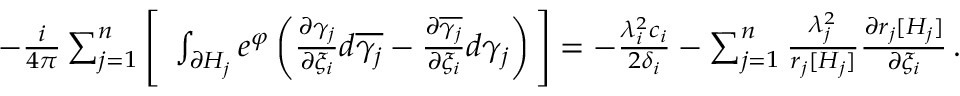
\begin{array} { r l } & { - { \frac { i } { 4 \pi } } \sum _ { j = 1 } ^ { n } \Bigg [ \; \int _ { \partial H _ { j } } e ^ { \varphi } \left( { \frac { \partial \gamma _ { j } } { \partial \xi _ { i } } } d \overline { { \gamma _ { j } } } - { \frac { \partial \overline { { \gamma _ { j } } } } { \partial \xi _ { i } } } d \gamma _ { j } \right) \Bigg ] = - { \frac { \lambda _ { i } ^ { 2 } c _ { i } } { 2 \delta _ { i } } } - \sum _ { j = 1 } ^ { n } { \frac { \lambda _ { j } ^ { 2 } } { r _ { j } [ H _ { j } ] } } { \frac { \partial r _ { j } [ H _ { j } ] } { \partial \xi _ { i } } } \, . } \end{array}